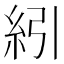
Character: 紖